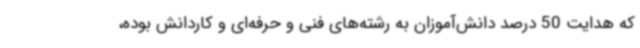
که هدایت 50 درصد دانش‌آموزان به رشته‌های فنی و حرفه‌ای و کاردانش بوده،